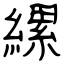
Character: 縲